Civil Veterinary Department. United Provinces 1932-42 - 1932-1942
Year: 1932
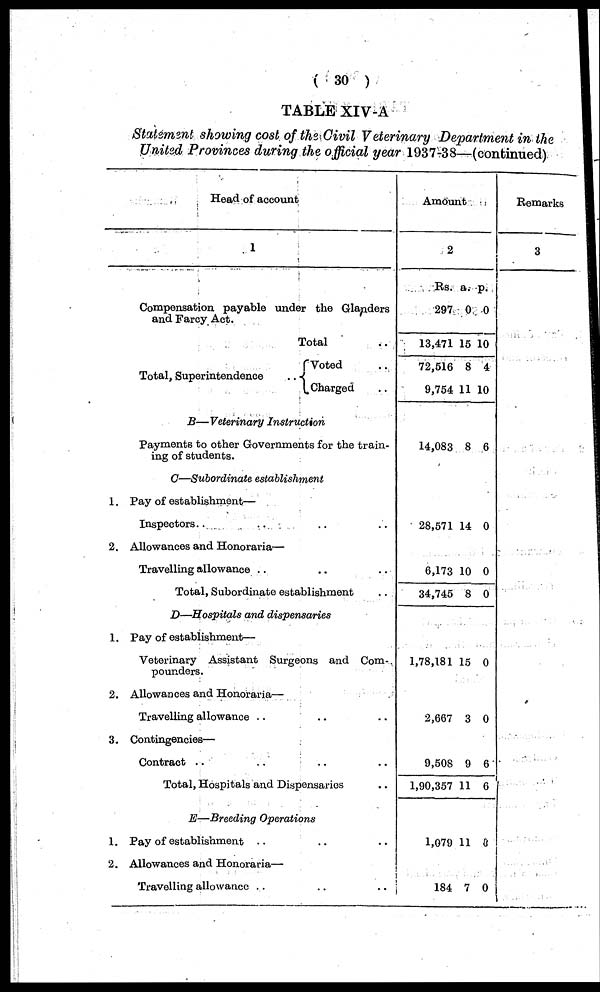
(30)
TABLE XIV-A
Statement showing cost of the Civil Veterinary Department in the
United Provinces during the official year 1937-38—(continued)
Head of account
1
Compensation payable under the Glanders
and Farcy Act.
Total ..
Total, Superintendence
..
Voted ..
Charged ..
B—Veterinary
Instruction
Payments to other Governments for the train-
1.
2.
1.
2.
3.
1.
2.
C—Subordinate
establishment
Pay of establishment—
Inspectors.. .. .. ..
Allowances and Honoraria—
Travelling allowance .. .. ..
Total, Subordinate establishment ..
D—Hospitals and dispensaries
Pay of establishment—
Veterinary Assistant Surgeons and Com-
pounders.
Allowances and Honoraria—
Travelling allowance .. .. ..
Contingencies—
Contract .. .. .. ..
Total, Hospitals and Disponsaries ..
E—Breeding Operations
Pay of establishment .. .. ..
Allowances and Honoraria—
Travelling allowance .. .. ..
Amoun
t
2
Rs.
297
13,471
72,516
9,754
14,083
28,571
6,173
34,745
1,78,181
2,667
9,508
1,90,357
1,079
184
a.
0
15
8
11
8
14
10
8
15
3
9
11
11
7
p.
0
10
4
10
6
0
0
0
0
0
6
6
0
0
Remarks
3